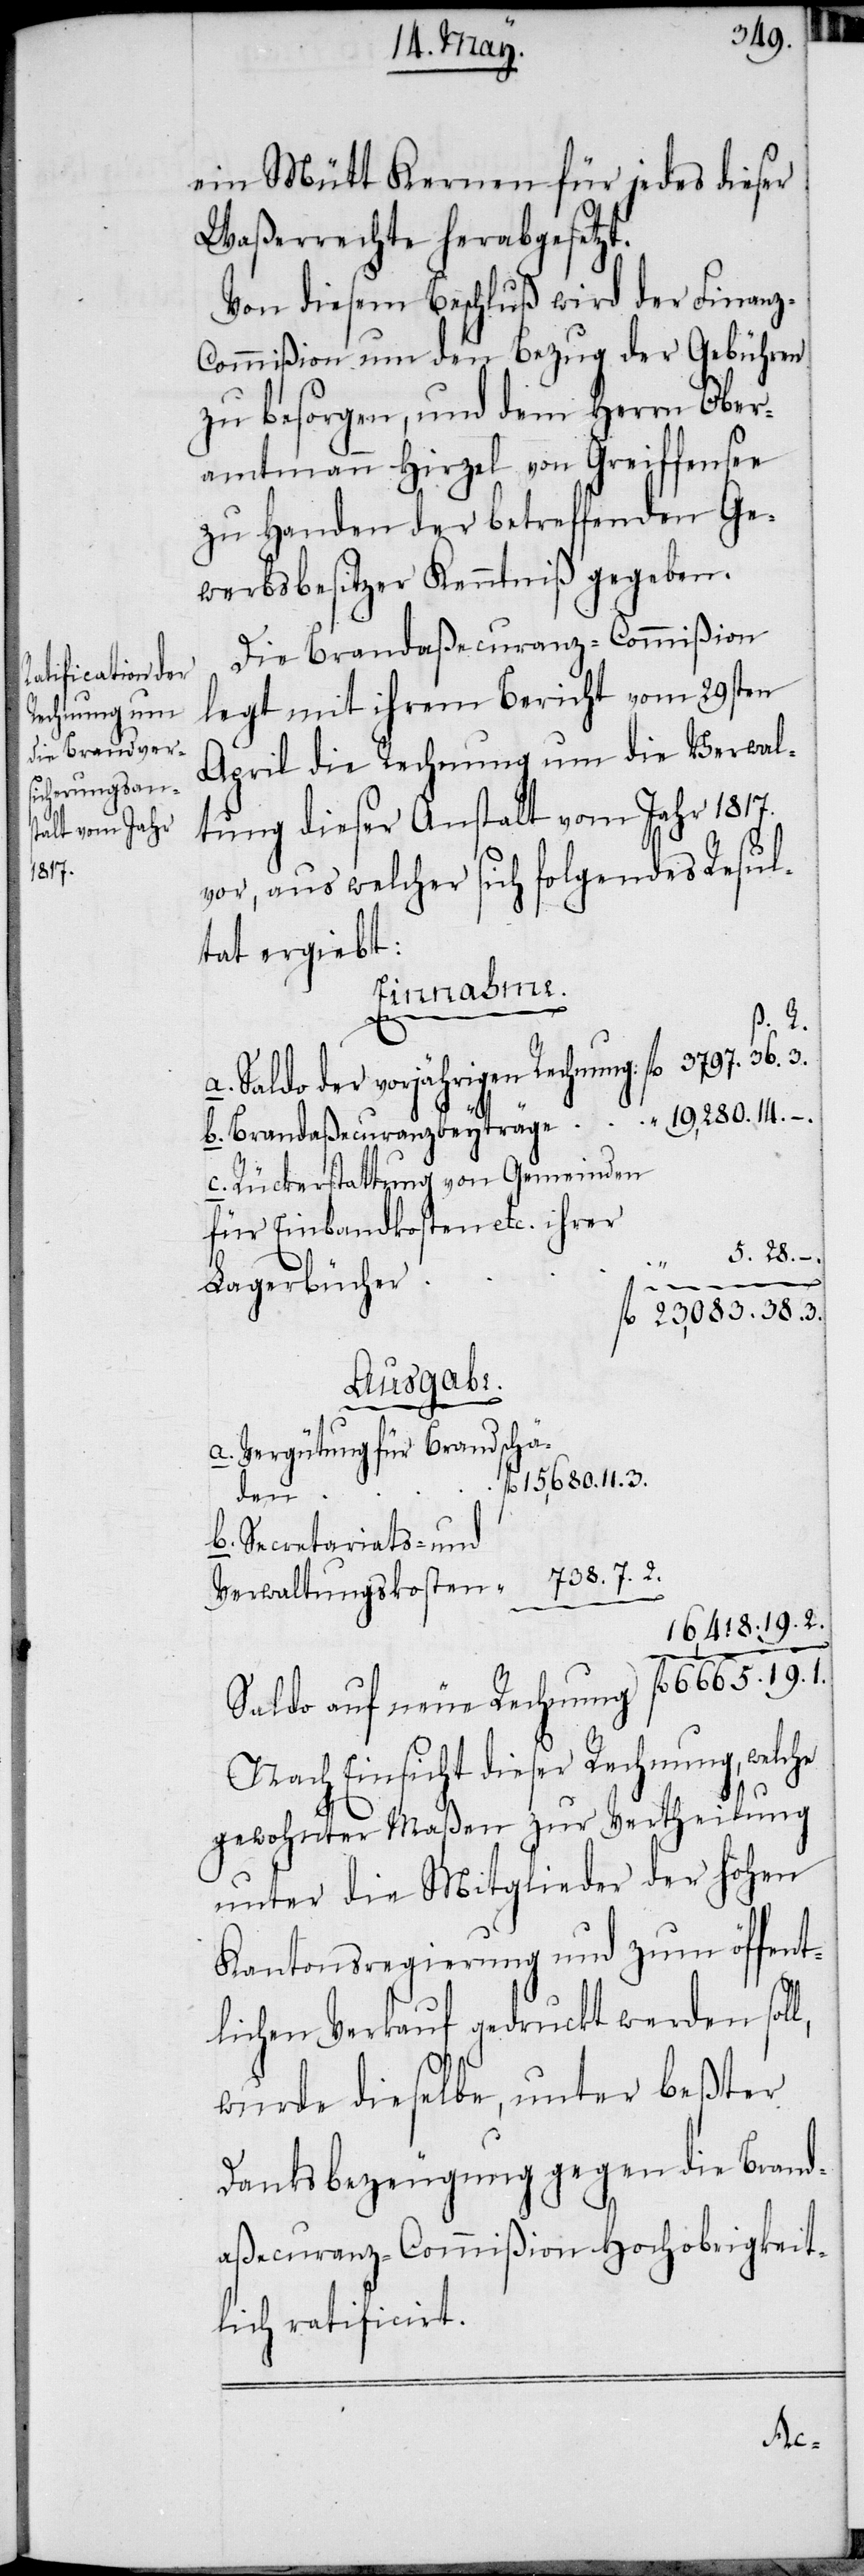
Rechnung
3797.

19.
ein Mütt Kernen für jedes dieser
Waßerrechte herabgesetzt.
Von diesem Beschluß wird der Finan¬
z-Commißion um den Bezug der Gebühren
zu besorgen, und dem Herrn Ober¬
amtmann Hirzel von Greiffensee
zu Handen der betreffenden Ge¬
werbsbesitzer Kenntniß gegeben.
Die Brandaßecuranz-Commißion
legt mit ihrem Bericht vom 29sten
April die Rechnung um die Verwal¬
tung dieser Anstalt vom Jahr 1817.
vor, aus welcher sich folgendes Resul¬
tat ergiebt:
Einnahme.
l,
a. Saldo der vorjährigen Rechnung:
c. Rückerstattung von Gemeinden
für Einbandkosten etc. ihrer
Lagerbücher
Ausgabe.
a. Vergütung für Brandschä¬
„
den
b. Secretariats- und
Verwaltungskosten
Nach Einsicht dieser Rechnung, welche
gewohnter Maßen zur Vertheilung
unter die Mitglieder der hohen
Kantonsregierung und zum öffent¬
lichen Verkauf gedruckt werden sol¬
wurde dieselbe, unter beßter
Danksbezeugung gegen die Brand¬
aßecuranz-Commißion Hochobrigkeit¬
lich ratificirt.
neue